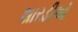
શારડીઓ